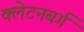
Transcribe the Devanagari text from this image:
क्लेटनबर्ग